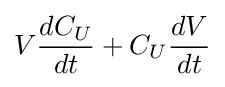
V{\frac {dC_{U}}{dt}}+C_{U}{\frac {dV}{dt}}